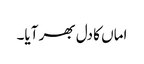
اماں کا دل بھر آیا۔